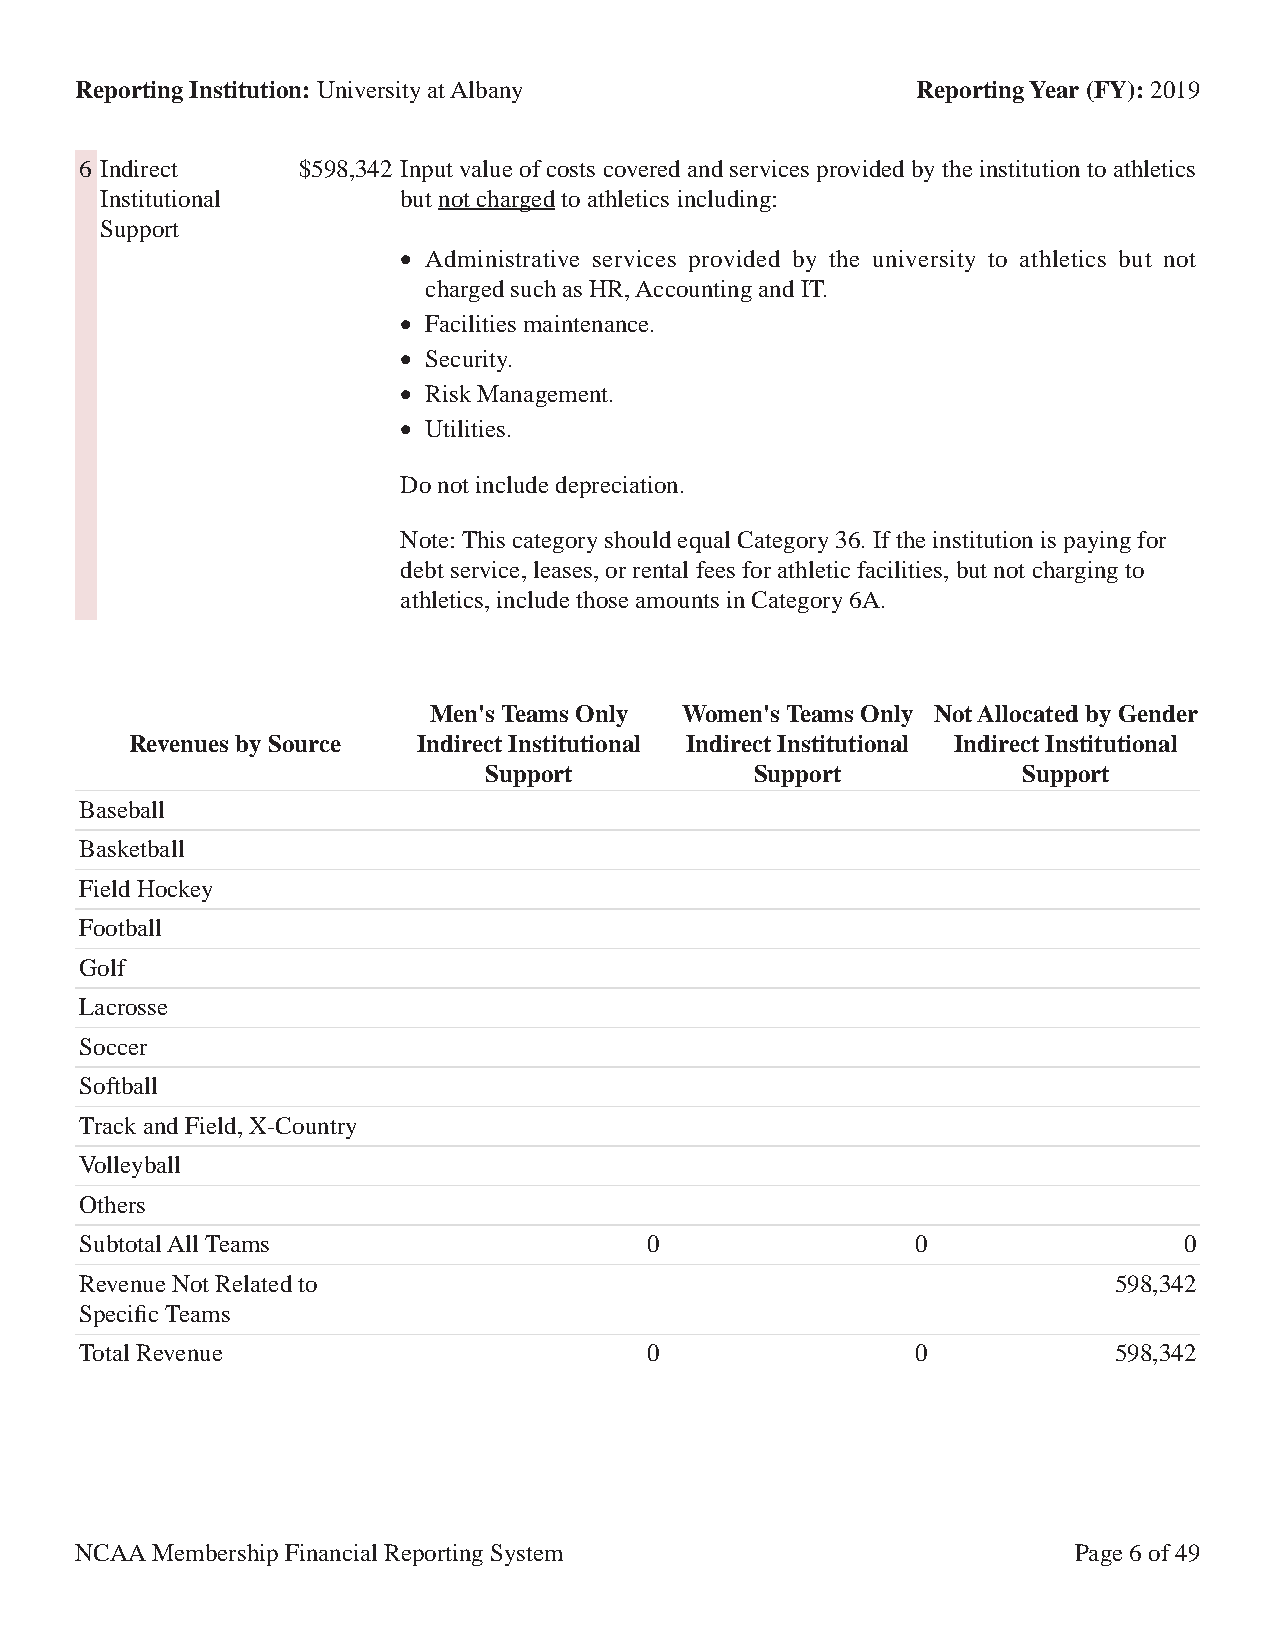
Reporting Institution: University at Albany             Reporting Year (FY): 2019
 6 Indirect     $598,342 Input value of costs covered and services provided by the institution to athletics
 Institutional       but not charged to athletics including:
 Support
 • Administrative services provided by the university to athletics but not
 charged such as HR, Accounting and IT.
 • Facilities maintenance.
 • Security.
 • Risk Management.
 • Utilities.
 Do not include depreciation.
 Note: This category should equal Category 36. If the institution is paying for
 debt service, leases, or rental fees for athletic facilities, but not charging to
 athletics, include those amounts in Category 6A.
 Men's Teams Only Women's Teams Only Not Allocated by Gender
 Revenues by Source Indirect Institutional Indirect Institutional Indirect Institutional
 Support           Support           Support
 Baseball
 Basketball
 Field Hockey
 Football
 Golf
 Lacrosse
 Soccer
 Softball
 Track and Field, X-Country
 Volleyball
 Others
 Subtotal All Teams                    0                 0                0
 Revenue Not Related to                                               598,342
 Specific Teams
 Total Revenue                         0                 0            598,342
 NCAA Membership Financial Reporting System                        Page 6 of 49